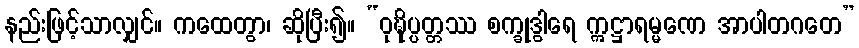
နည်းဖြင့်သာလျှင်။ ကထေတွာ၊ ဆိုပြီး၍။ “ဝုဍ္ဎိပ္ပတ္တဿ စက္ခုဒွါရေ ဣဋ္ဌာရမ္မဏေ အာပါတဂတေ”